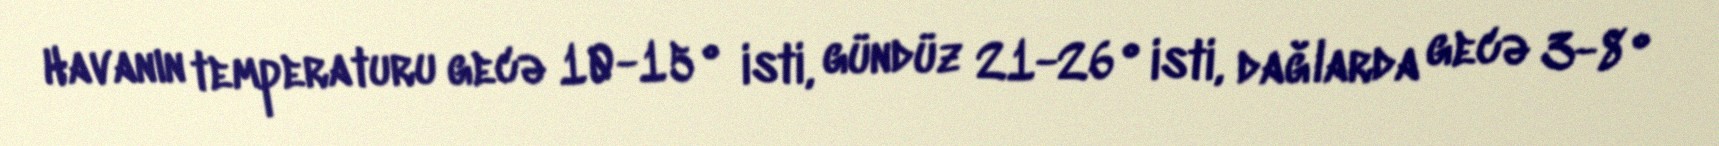
Havanın temperaturu gecə 10-15° isti, gündüz 21-26° isti, dağlarda gecə 3-8°